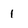
Character: 1